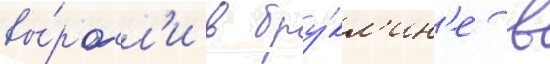
вы́росл'и в бру́кл'ин'е в